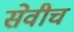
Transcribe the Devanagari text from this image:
सेवीच